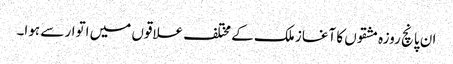
ان پانچ روزہ مشقوں کا آغاز ملک کے مختلف علاقوں میں اتوار سے ہوا۔